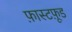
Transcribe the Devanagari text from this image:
फ़ास्टफ़ूड